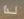
لذا